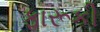
ફારૂકી